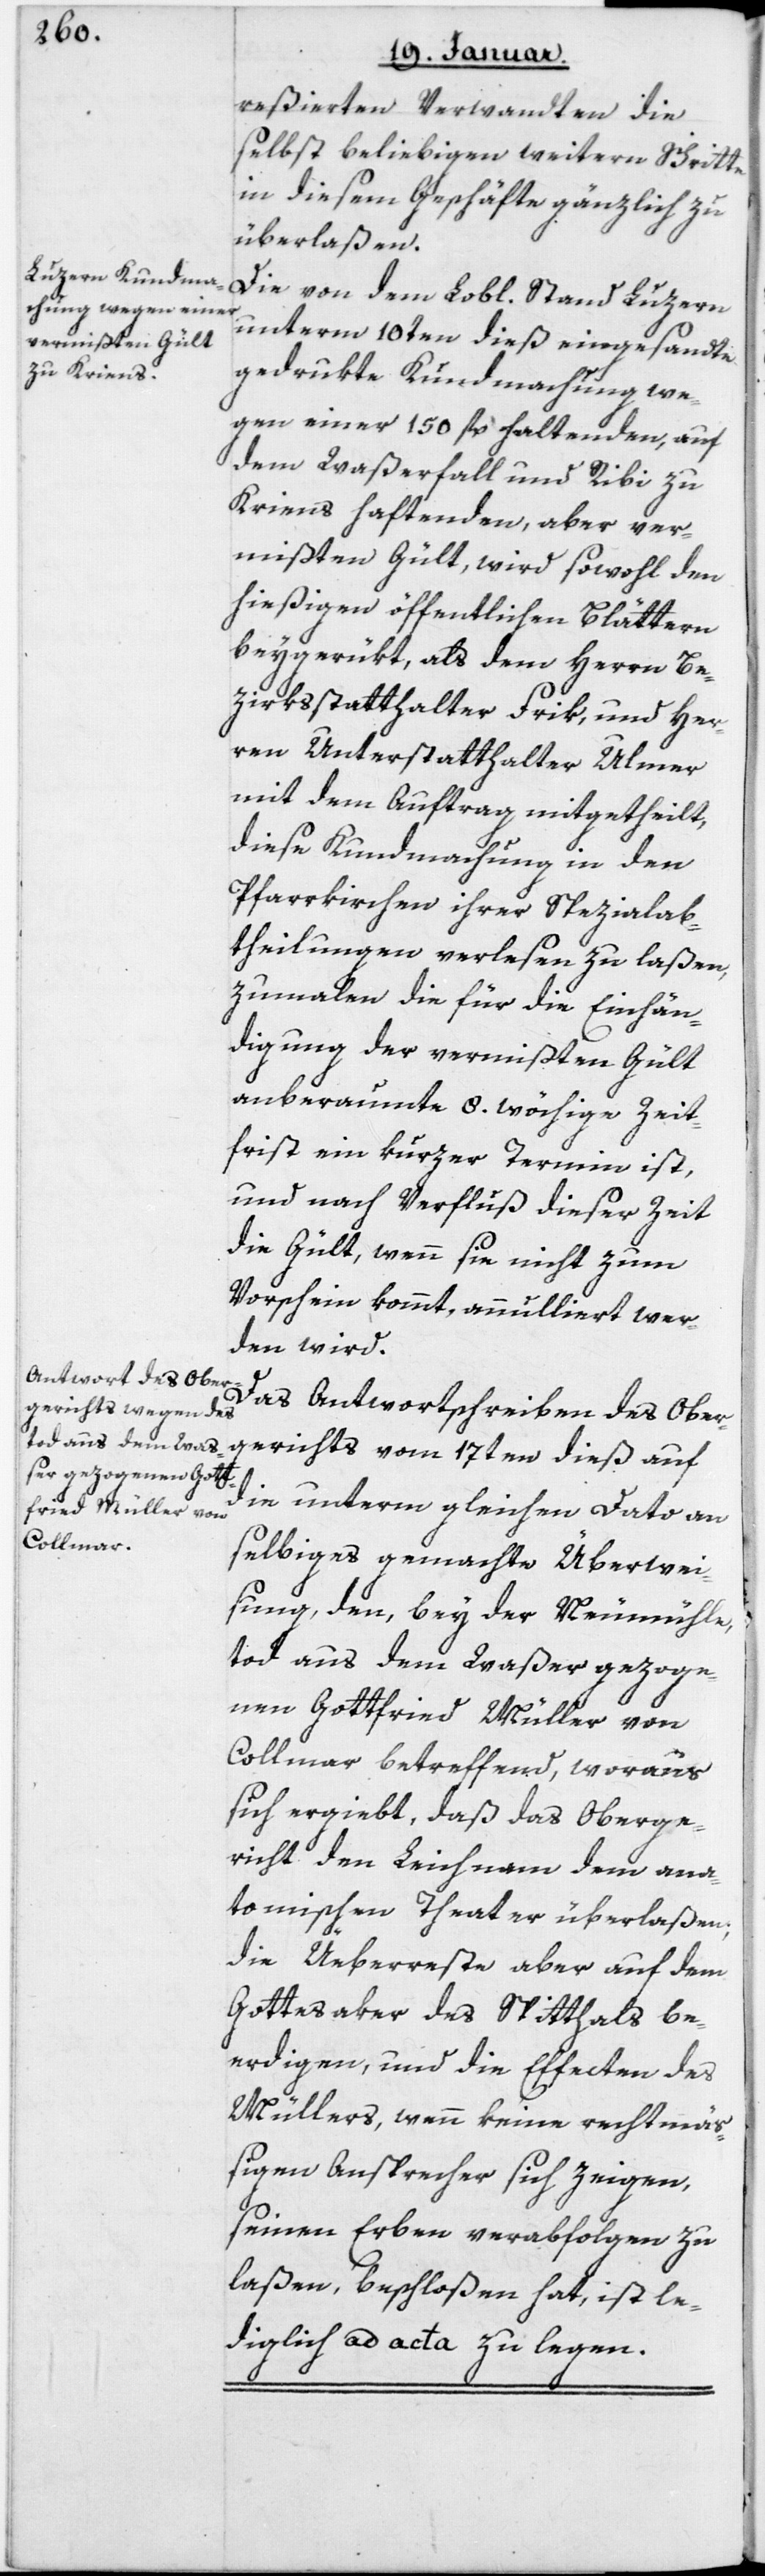
reßierten Verwandten die
selbst beliebigen weitern Schritte
in diesem Geschäfte gänzlich zu
überlaßen.
Die von dem Lobl. Stand Luzern
unterm 10ten dieß eingesandte
gedrukte Kundmachung we¬
gen einer 150 fl. haltenden, auf
dem Waßerfall und Ribi zu
Kriens haftenden, aber ver¬
mißten Gült, wird sowohl den
hießigen öffentlichen Blättern
beygerükt, als dem Herrn Be¬
zirksstatthalter Frik, und Her¬
ren Unterstatthalter Ulmer
mit dem Auftrag mitgetheilt,
diese Kundmachung in den
Pfarrkirchen ihrer Spezialab¬
theilungen verlesen zu laßen,
zumalen die für die Einhän¬
digung der vermißten Gült
anberaumte 8 wöchige Zeit¬
frist ein kurzer Termin ist,
und nach Verfluß dieser Zeit
die Gült, wenn sie nicht zum
Vorschein kommt, annulliert wer¬
den wird.
Das Antwortschreiben des Ober¬
gerichts vom 17ten dieß auf
die unterm gleichen Dato an
selbiges gemachte Überwei¬
sung, den, bey der Neumühle
tot aus dem Waßer gezoge¬
nen Gottfried Müller von
Collmar betreffend, woraus
sich ergiebt, daß das Oberge¬
richt den Leichnam dem ana¬
tomischen Theater überlaßen,
die Überreste aber auf dem
Gottesaker des Spitthals be¬
erdigen, und die Effecten des
Müllers, wenn keine rechtmä¬
ßigen Ansprecher sich zeigen,
seinen Erben verabfolgen zu
laßen, beschloßen hat, ist le¬
diglich ad acta zu legen.